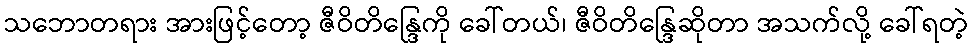
သဘောတရား အားဖြင့်တော့ ဇီဝိတိန္ဒြေကို ခေါ်တယ်၊ ဇီဝိတိန္ဒြေဆိုတာ အသက်လို့ ခေါ်ရတဲ့